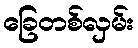
ခြေတစ်လှမ်း